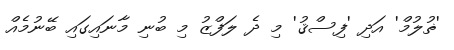
'ޡުލުމް' އަދި 'ފިސްޤު' މި ދެ ލަފްޒު މި ބުނި މާނައިގައި ބޭނުމެއް